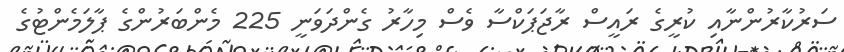
ސަރުކާރުންނާއި ކުރީގެ ރައީސް ރާޖަޕަކްސާ ވެސް މިހާރު ގެންދަވަނީ 225 މެންބަރުންގެ ޕާލަމެންޓުގެ